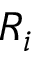
R _ { i }